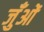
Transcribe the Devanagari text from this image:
जुँओं